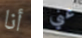
أنا عني